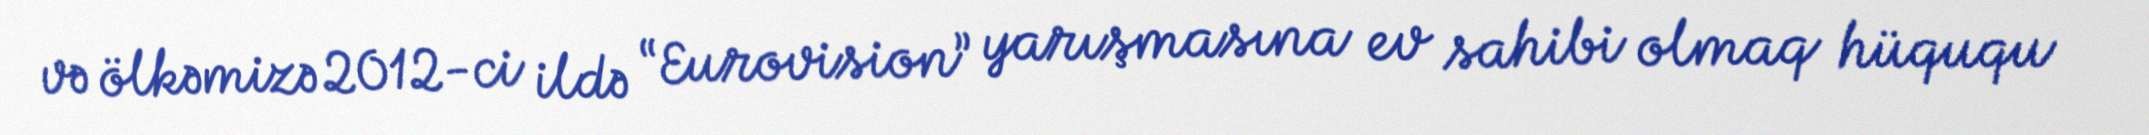
və ölkəmizə 2012-ci ildə “Eurovision” yarışmasına ev sahibi olmaq hüququ